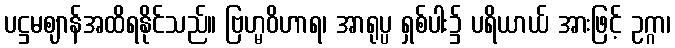
ပဋ္ဌမဈာန်အထိရနိုင်သည်။ ဗြဟ္မဝိဟာရ၊ အာရုပ္ပ ရှစ်ပါး၌ ပရိယာယ် အားဖြင့် ဥဂ္ဂာ၊